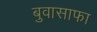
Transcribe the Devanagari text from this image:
बुवासाफा